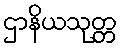
ဌာနိယသုတ္တ